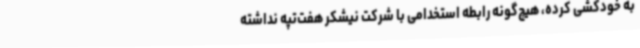
به خودکشی کرده، هیچ‌گونه رابطه استخدامی با شرکت نیشکر هفت‌تپه نداشته